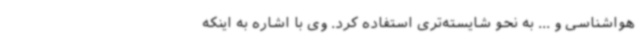
هواشناسی و ... به نحو شایسته‌تری استفاده کرد. وی با اشاره به اینکه